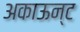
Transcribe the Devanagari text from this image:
अकाऊन्ट